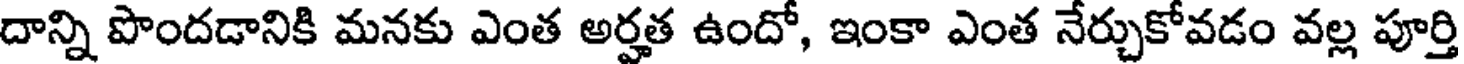
దాన్ని పొందడానికి మనకు ఎంత అర్హత ఉందో, ఇంకా ఎంత నేర్చుకోవడం వల్ల పూర్తి